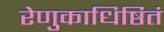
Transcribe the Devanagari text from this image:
रेणुकाधिष्ठितं